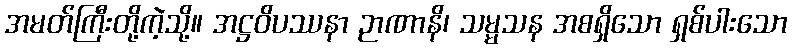
အမတ်ကြီးတို့ကဲ့သို့။ အဋ္ဌဝိပဿနာ ဉာဏာနိ၊ သမ္မသန အစရှိသော ရှစ်ပါးသော